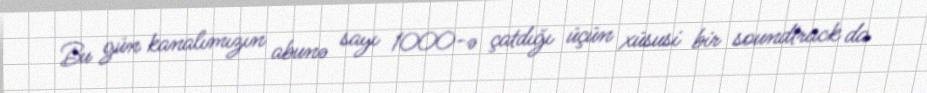
Bu gün kanalımızın abunə sayı 1000-ə çatdığı üçün xüsusi bir soundtrack da